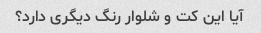
آیا این کت و شلوار رنگ دیگری دارد؟